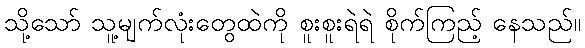
သို့သော် သူ့မျက်လုံးတွေထဲကို စူးစူးရဲရဲ စိုက်ကြည့် နေသည်။